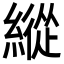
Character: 縱